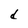
Character: d